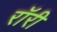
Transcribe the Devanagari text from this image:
रॉरी